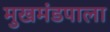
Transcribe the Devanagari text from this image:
मुखमंडपाला